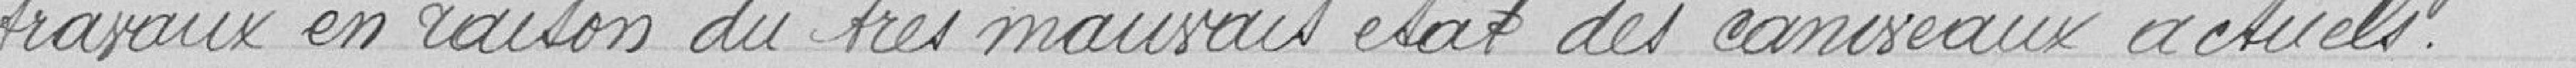
travaux en raison du très mauvais état des caniveaux actuels,